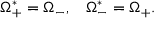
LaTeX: \Omega _ { + } ^ { * } = \Omega _ { - } , \; \; \; \Omega _ { - } ^ { * } = \Omega _ { + } .